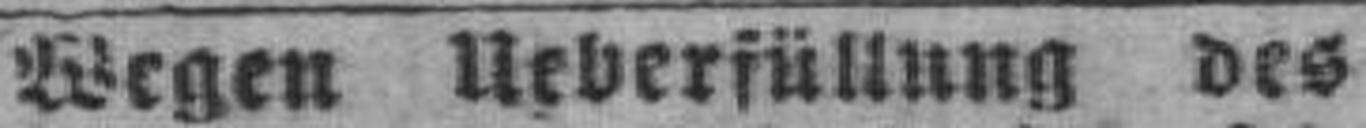
Wegen Ueberfüllung des